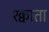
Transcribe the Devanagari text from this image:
श्क्वाता